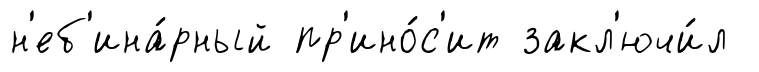
н'еб'ина́рный пр'ино́с'ит закл'ючи́л